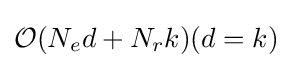
{\mathcal {O}}(N_{e}d+N_{r}k)(d=k)